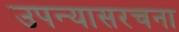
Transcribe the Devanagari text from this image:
उपन्यासरचना